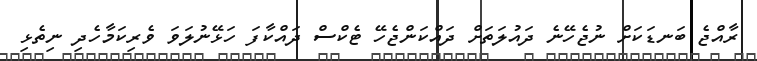
ރާއްޖެ ބަނޑަކަށް ނުޖެހޭނެ ދައުލަތަށް ދައްކަންޖެހޭ ޓެކްސް ދައްކާފަ ހަޅޭނުލަވަ ވެރިކަމާހެދި ނިތެޅި